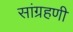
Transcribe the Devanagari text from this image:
सांग्रहणी